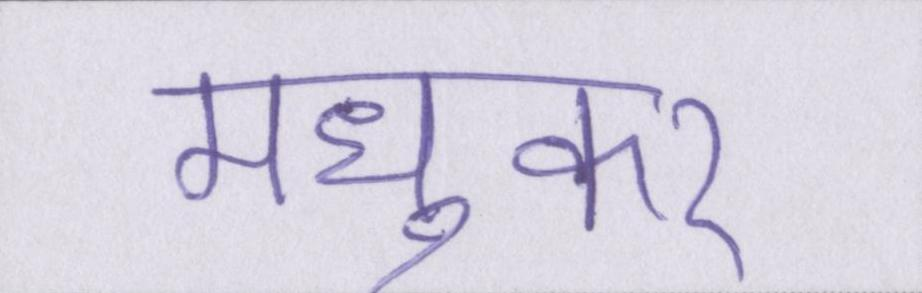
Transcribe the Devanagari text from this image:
मध्ुकर